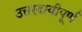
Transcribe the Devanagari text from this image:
उत्तरदायीपूर्ण